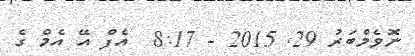
ނޮވެމްބަރު 29